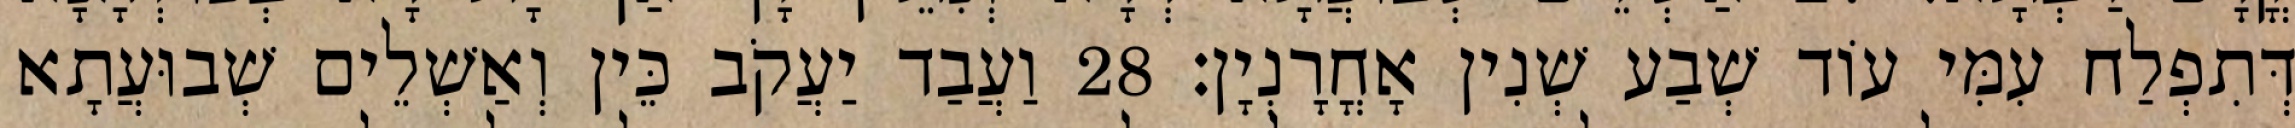
דְּתִפְלַח עִמִּי עוֹד שְׁבַע שְׁנִין אָחֳרָנְיָן׃ 28 וַעֲבַד יַעֲקֹב כֵּין וְאַשְׁלֵים שְׁבוּעֲתָא